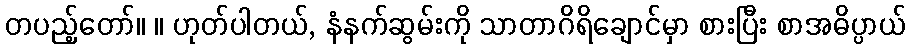
တပည့်တော်။ ။ ဟုတ်ပါတယ်, နံနက်ဆွမ်းကို သာတာဂိရိချောင်မှာ စားပြီး စာအဓိပ္ပာယ်